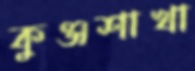
কুঞ্জশাখা